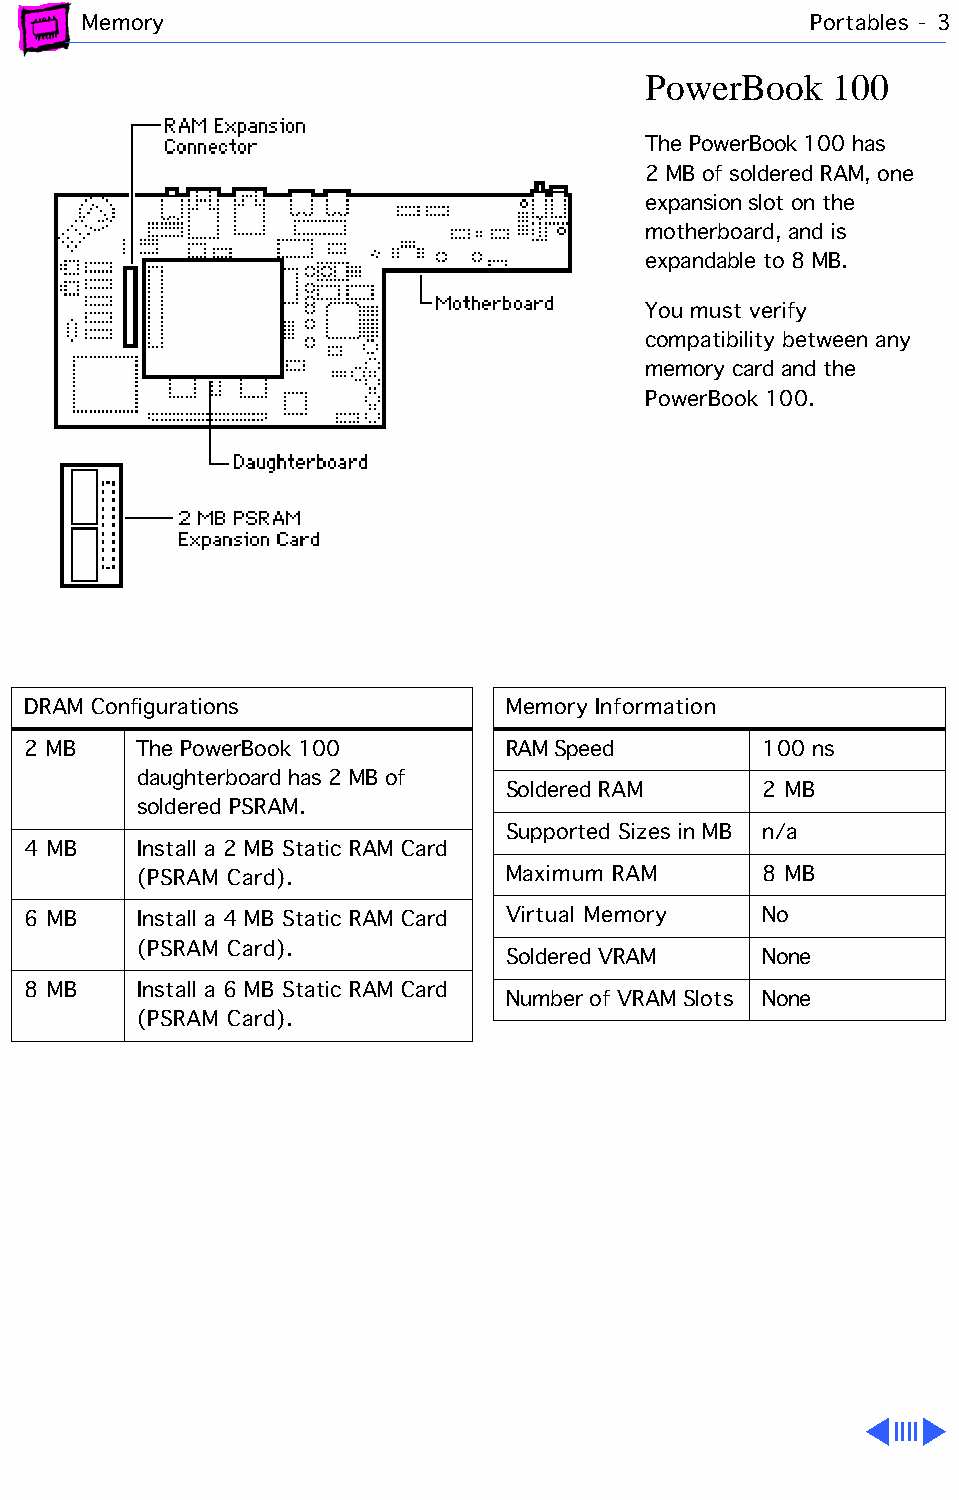
Memory                                          Portables - 3
 PowerBook    100
 The PowerBook 100 has
 2 MB of soldered RAM, one
 expansion slot on the
 motherboard, and is
 expandable to 8 MB.
 You must verify
 compatibility between any
 memory card and the
 PowerBook 100.
 DRAM Configurations             Memory Information
 2 MB    The PowerBook 100       RAM Speed        100 ns
 daughterboard has 2 MB of
 Soldered RAM     2 MB
 soldered PSRAM.
 Supported Sizes in MB n/a
 4 MB    Install a 2 MB Static RAM Card
 (PSRAM Card).           Maximum RAM      8 MB
 6 MB    Install a 4 MB Static RAM Card Virtual Memory No
 (PSRAM Card).
 Soldered VRAM    None
 8 MB    Install a 6 MB Static RAM Card
 Number of VRAM Slots None
 (PSRAM Card).